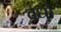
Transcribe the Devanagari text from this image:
वधों